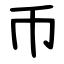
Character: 币